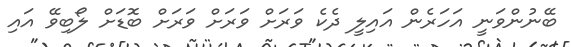
ބޭނުންވަނީ އަހަރެން އައިލީ ދެކެ ވަރަށް ވަރަށް ވަރަށް ބޮޑަށް ލޯބިވޭ އައި